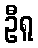
ဦရူ